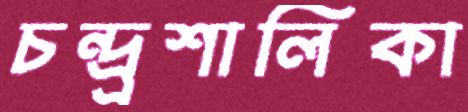
চন্দ্র্রশালিকা